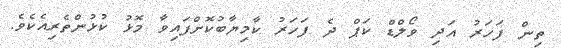
ތިން ފަހަރު އަދި ވޯލްޑް ކަޕް ދެ ފަހަރު ކާމިޔާބުކޮށްފައިވާ މޮޅު ކުޅުންތެރިއެކެވެ.